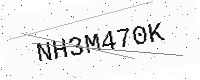
Text: NH3M470K